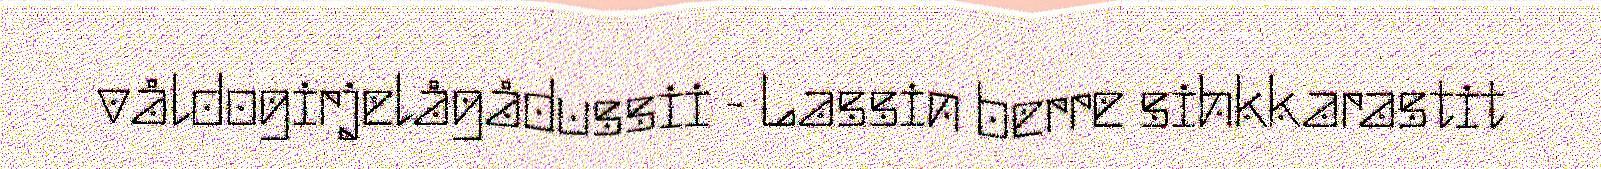
våldogirjelågådussii - Lassin berre sihkkarastit